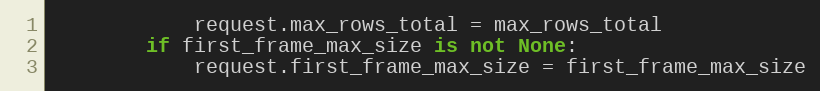
Language: Python
            request.max_rows_total = max_rows_total
        if first_frame_max_size is not None:
            request.first_frame_max_size = first_frame_max_size